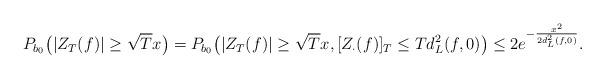
LaTeX: \begin{align*}P_{b_0} \big( |Z_T(f)| \geq \sqrt{T} x \big) = P_{b_0} \big( |Z_T(f)|\geq \sqrt{T} x, [Z_\cdot(f)]_T \leq Td_L^2(f,0) \big) \leq 2e^{-\frac{x^2}{2d_L^2(f,0)}}.\end{align*}